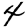
Digit: 4